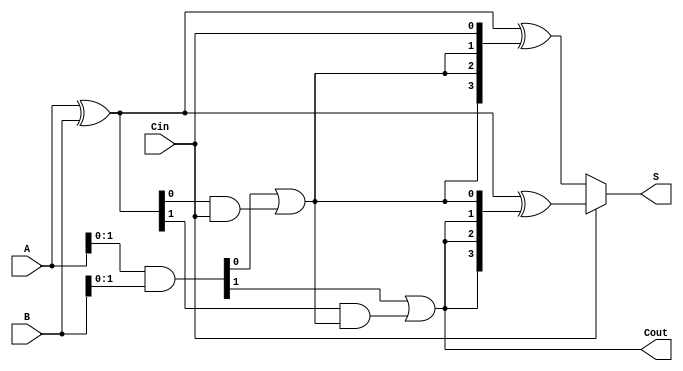
module ParallelPrefixCarrySelectAdder (
    input  [3:0] A,     // 4-bit input A
    input  [3:0] B,     // 4-bit input B
    input        Cin,    // Carry-in
    output [3:0] S,     // 4-bit sum output
    output       Cout    // Carry-out
);

// Intermediate signals
wire [3:0] P; // Propagate signals
wire [3:0] G; // Generate signals
wire [1:0] C; // Carry signals for each block
wire [3:0] S0, S1; // Sums when carry-in is 0 and 1

// Generate and propagate signals
assign P = A ^ B; // P = A XOR B
assign G = A & B; // G = A AND B

// Carry generation for each block
assign C[0] = G[0] | (P[0] & Cin); // Carry out from block 0
assign C[1] = G[1] | (P[1] & C[0]); // Carry out from block 1

// Sum calculation for each block
assign S0 = P ^ {C[0], C[0], C[0], Cin}; // Sum when carry-in is 0
assign S1 = P ^ {C[1], C[1], C[1], C[0]}; // Sum when carry-in is 1

// Final sum and carry-out selection
assign S = (Cin) ? S1 : S0; // Select the correct sum based on carry-in
assign Cout = C[1]; // Final carry-out

endmodule